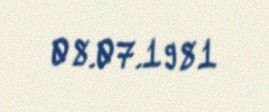
08.07.1981